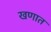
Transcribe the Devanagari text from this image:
खणात